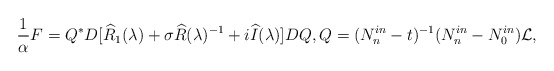
\begin{align*}\frac{1}{\alpha}F=Q^*D[\widehat{R}_1(\lambda)+\sigma\widehat{R}(\lambda)^{-1}+i\widehat{I}(\lambda)]DQ, Q=(N^{in}_n-t)^{-1}(N^{in}_n-N^{in}_0)\mathcal L,\end{align*}